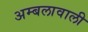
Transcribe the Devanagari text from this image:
अम्बलावाली